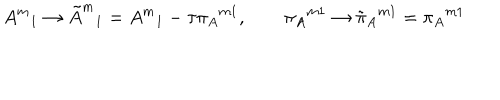
{ A ^ { m } } _ { 1 } \to { \tilde { A } ^ { m } } _ { 1 } = { A ^ { m } } _ { 1 } - \tau { \pi _ { A } } ^ { m 1 } , \qquad { \pi _ { A } } ^ { m 1 } \to { \tilde { \pi } _ { A } } ^ { m 1 } = { \pi _ { A } } ^ { m 1 }